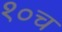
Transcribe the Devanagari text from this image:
१०च